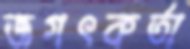
জগৎকর্তা